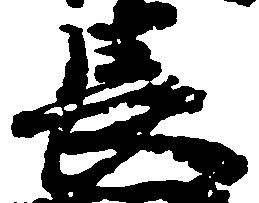
長